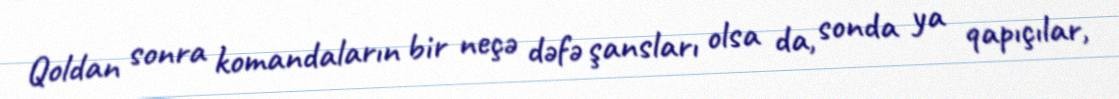
Qoldan sonra komandaların bir neçə dəfə şansları olsa da, sonda ya qapıçılar,